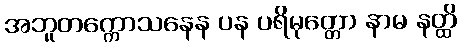
အဘူတက္ကောသနေန ပန ပရိမုတ္တော နာမ နတ္ထိ